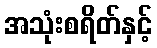
အသုံးစရိတ်နှင့်